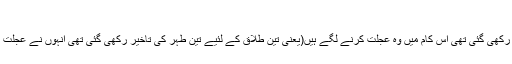
(صحیح مسلم)
اس سلسلہ میں خود حضرت عمر رضی اللہ عنہ فرماتے ہیں: "جس چیز میں لوگوں کے لئے تاخیر رکھی گئی تھی اس کام میں وہ عجلت کرنے لگے ہیں(یعنی تین طلاق کے لئیے تین طہر کی تاخیر رکھی گئی تھی انہوں نے عجلت کی اور ایک طہر میں تین طلاق دینے لگے) تو کیوں نہ ہم ان کی اس طلاق کو ان پر نافذ کر دیں"۔